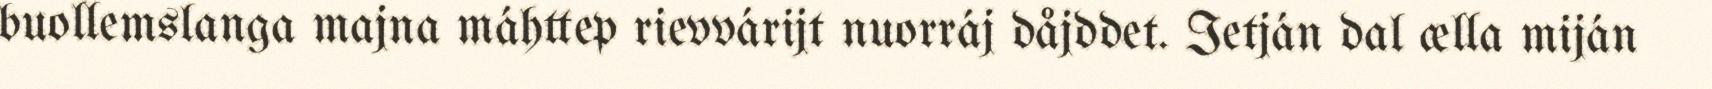
buollemslanga majna máhttep rievvárijt nuorráj dåjddet. Ietján dal ælla miján